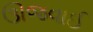
ઊજવાઈ